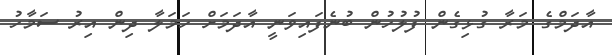
އާދަމްގެ މަރާ ގުޅިގެން ފުލުހުން ބުނެފައިވަނީ އާދަމަށް ހަމަލާ ދިން އިރު ސަމާހު